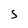
Character: S